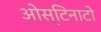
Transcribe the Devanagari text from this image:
ओस्टिनाटो